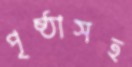
পৃষ্ঠাসহ